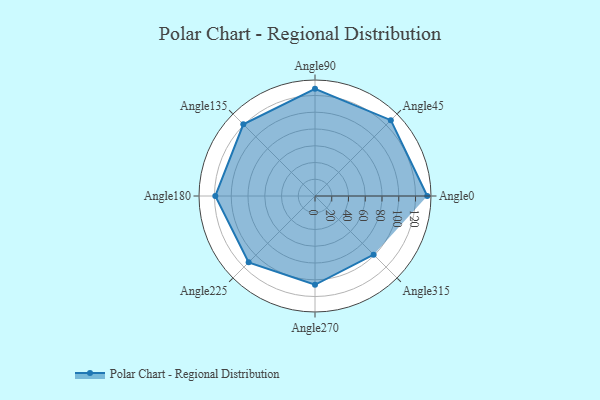
{"axis": {"x": "Angle", "y": "Radius"}, "legend": [""], "data": [{"x": "Angle0", "y": 134.0, "type": ""}, {"x": "Angle45", "y": 128.0, "type": ""}, {"x": "Angle90", "y": 128.0, "type": ""}, {"x": "Angle135", "y": 121.0, "type": ""}, {"x": "Angle180", "y": 119.0, "type": ""}, {"x": "Angle225", "y": 112.0, "type": ""}, {"x": "Angle270", "y": 106.0, "type": ""}, {"x": "Angle315", "y": 99.0, "type": ""}]}